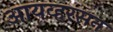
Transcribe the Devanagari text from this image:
आयव्हरसन